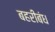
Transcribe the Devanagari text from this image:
बहरीबंध